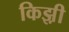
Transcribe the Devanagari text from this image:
किझ़ी